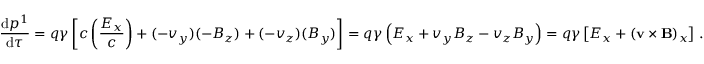
{ \frac { \mathrm { d } p ^ { 1 } } { \mathrm { d } \tau } } = q \gamma \left[ c \left( { \frac { E _ { x } } { c } } \right) + ( - v _ { y } ) ( - B _ { z } ) + ( - v _ { z } ) ( B _ { y } ) \right] = q \gamma \left( E _ { x } + v _ { y } B _ { z } - v _ { z } B _ { y } \right) = q \gamma \left[ E _ { x } + \left( \mathbf { v } \times \mathbf { B } \right) _ { x } \right] \, .